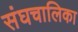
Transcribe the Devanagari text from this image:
संघचालिका